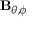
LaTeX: \mathbf { B } _ { \theta , \phi }